Report on vaccination in Madras 1895-1903 - 1895-1903
Year: 1895
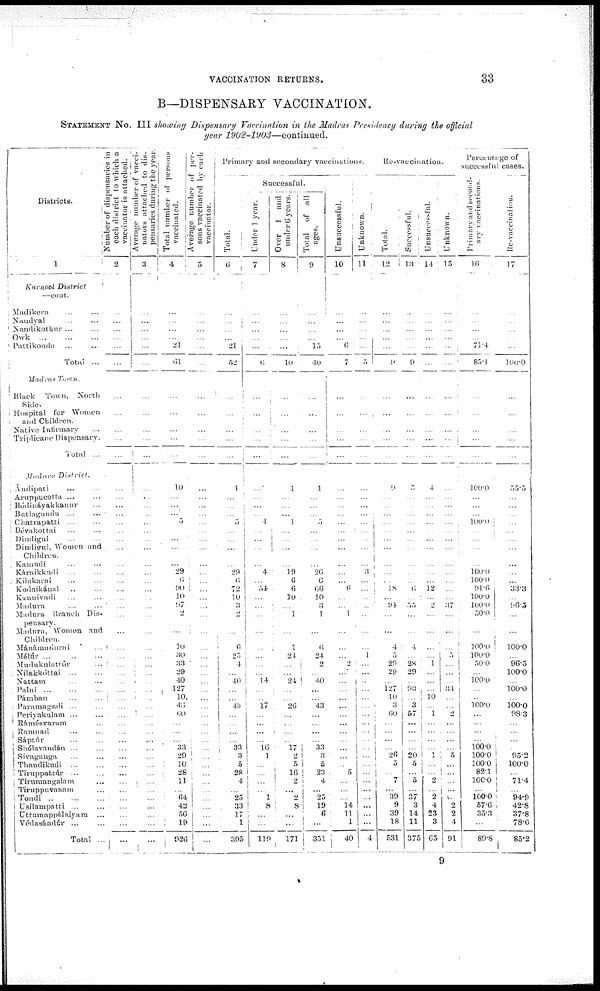
VACCINATION RETURNS.
33
B—DISPENSARY VACCINATION.
STATEMENT No. III showing Dispensary Vaccination in the Madras Presidency during the official
year
1902-1903—continued.
Distrtcts.
1
Kurnool
District
–cont.
Madikera ... ...
Nandyal ... ...
Nandikotkur ... ...
Owk ... ... ...
Pattikonda ... ...
Total ...
Madras
Town.
Black
Town,
North
Side
Hospital for Women
and Children.
Native Infirmary ...
Triplicane Dispensary.
Total ...
Madura
District.
Àndipati ... ...
Aruppucotta ... ...
Bódiuáyakkanur ...
Butlagundu
...
...
Chatrapatti ... ...
Dévakottai ... ...
Dindigul ... ...
Dindigul, Women and
Children.
Kamudi ... ...
Káraikkudi
... ...
Kílakarai ... ...
Kodaikáual ... ...
Kunuivadi ... ...
Madura ... ...
Madura Branch Dis-
pensary.
Madura, Women and
Children.
Mánámadurai ...
Mélúr ...
...
...
Mudukulattúr ... ...
Nilakkóttai
...
...
Nattam ... ...
Palni
...
...
...
Pámban ... ...
Paramagudi ... ...
Periyakulam ... ...
Rámésvaram ... ...
Ramnad ... ...
Sáptúr ... ...
Shólavandán ... ...
Sivaganga ... ...
Thaiidikudi
...
...
Tiruppattúr ... ...
Tirumangnlam ... ...
Tiruppuvanam ... ...
Tondi
...
...
Usilampatti ...
Uttamappálaiyara ...
Vedasándúr ...
Total ...
Number of dispensaries in
each district to which a
vaccinator is attached.
2
...
...
...
...
...
...
...
...
...
...
...
...
...
...
...
...
...
...
...
...
...
...
...
...
...
...
...
...
...
...
...
...
...
...
...
...
...
...
...
...
...
...
...
...
...
...
...
...
...
...
...
Average number of vacci-
nators attached to dis-
pensaries during the year
3
...
...
...
...
...
...
...
...
...
...
...
...
...
...
...
...
...
...
...
...
...
...
...
...
...
...
...
...
...
...
...
...
...
...
...
...
...
...
...
...
...
...
...
...
...
...
...
...
...
...
...
Total number of persons
vaccinated.
4
...
...
...
... 21
61
...
...
...
...
...
...
10
...
...
... 5
...
...
...
... 29
6
90
10
97
2
...
10
30
33
29
40
127
10
46
60
...
...
...
33
29
10
28
11
... 64
42
56
19
926
Average number of per-
sons vaccinated by each
vaccinator.
5
...
...
...
...
...
...
...
...
...
...
...
...
...
...
...
...
...
...
...
...
...
...
...
...
...
...
...
...
...
...
...
...
...
...
...
...
...
...
...
...
...
...
...
...
...
...
...
...
...
...
...
Primary and secondary vaccinations.
Total.
6
...
...
...
...
21
52
...
...
...
...
...
...
1
...
...
...
5
...
...
...
...
29
6
72
10
3
...
...
...
25
4
...
40
...
...
43
...
...
...
...
33
3
5
28
4
... 25
33
17
1
395
Successful.
Under 1 year.
7
...
...
...
...
...
6
...
...
...
...
...
...
...
...
...
... 4
...
...
...
... 4
... 54
...
...
...
...
...
...
...
...
14
...
...
17
...
...
...
...
16
1
... ...
...
...
1
8
...
...
119
Over 1 and
under 6 years.
8
...
...
...
...
...
10
...
...
...
...
...
...
1
...
...
... 1
...
...
...
...
19
6
6
10
...
1
...
1
24
...
...
24
...
...
26
...
...
...
...
17
2
5
16
2
... 2
8
...
...
171
Total
of all
ages.
9
...
...
...
...
15
40
...
...
...
...
...
...
1
...
...
... 5
...
...
...
...
26
6
66
10
3
1
...
6
24
2
...
40
...
...
43
...
...
...
...
33
3
5
23
4
... 25
19
6
...
351
Unsuccessful.
10
...
...
...
...
6
7
...
...
...
...
...
...
...
...
...
...
...
...
...
...
...
...
... 6
...
... 1
...
...
... 2
...
...
...
...
...
...
...
...
...
...
...
... 5
...
...
... 14
11
1
40
Unknown.
11
...
...
...
...
...
5
...
...
...
...
...
...
...
...
...
...
... ...
...
...
...
3
...
...
...
...
...
...
... 1
...
...
...
...
...
...
...
...
...
...
...
...
...
...
...
...
...
...
...
...
4
Re-vaccination.
Total.
12
...
...
...
...
...
9
...
...
...
...
...
...
9
...
...
...
...
...
...
...
...
...
... 18
... 94
...
...
4
5
29
29
... 127
10
3
60
...
...
...
... 26
5
...
7
... 39
9
39
18
531
Successful.
13
...
...
...
...
...
9
...
...
...
...
...
...
5
...
...
...
...
...
...
...
...
...
... 6
...
55
...
...
4
...
28
29
... 93
...
3
57
...
...
...
... 20
5
...
5
... 37
3
14
11
375
Unsuccessful.
14
...
...
...
...
...
...
...
...
...
...
...
...
4
...
...
...
...
...
...
...
...
...
... 12
...
2
...
...
...
...
1
...
...
...
16
...
1
...
...
...
... 1
...
...
2
... 2
4
23
3
65
Unknown.
15
...
...
...
...
...
...
...
...
...
...
...
...
...
...
...
...
...
...
...
...
...
...
...
...
...
37
...
...
...
5
...
...
...
34
...
...
2
...
...
...
... 5
...
...
...
...
... 2
2
4
91
Percentage of
successful cases.
Primary and second-
ary vaccinations.
16
...
...
...
...
71.4
85.1
...
...
...
...
...
...
100.0
...
...
...
100.0
...
...
...
... 100.0
100.0
91.6
100.0
100.0
50.0
...
100.0
100.0
50.0
... 100.0
...
... 100.0
...
...
...
...
100.0
100.0
100.0
82.1
100.0
... 100.0
57.6
35.3
...
89.8
Re-vaccination.
17
...
...
...
...
...
100.0
...
...
...
...
...
...
55.5
...
...
...
...
...
...
...
...
...
...
33.3
...
96.5
...
...
100.0
...
96.5
100.0
100.0
...
100.0
98.3
...
...
...
... 95.2
100.0
...
71.4
... 94.9
42.8
37.8
78.6
85.2
9